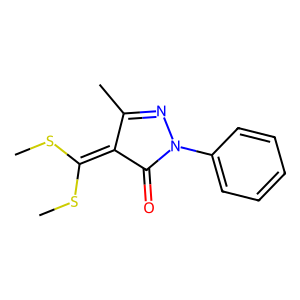
SMILES: CSC(SC)=C1C(=O)N(c2ccccc2)N=C1C
Inhibits HIV replication: No